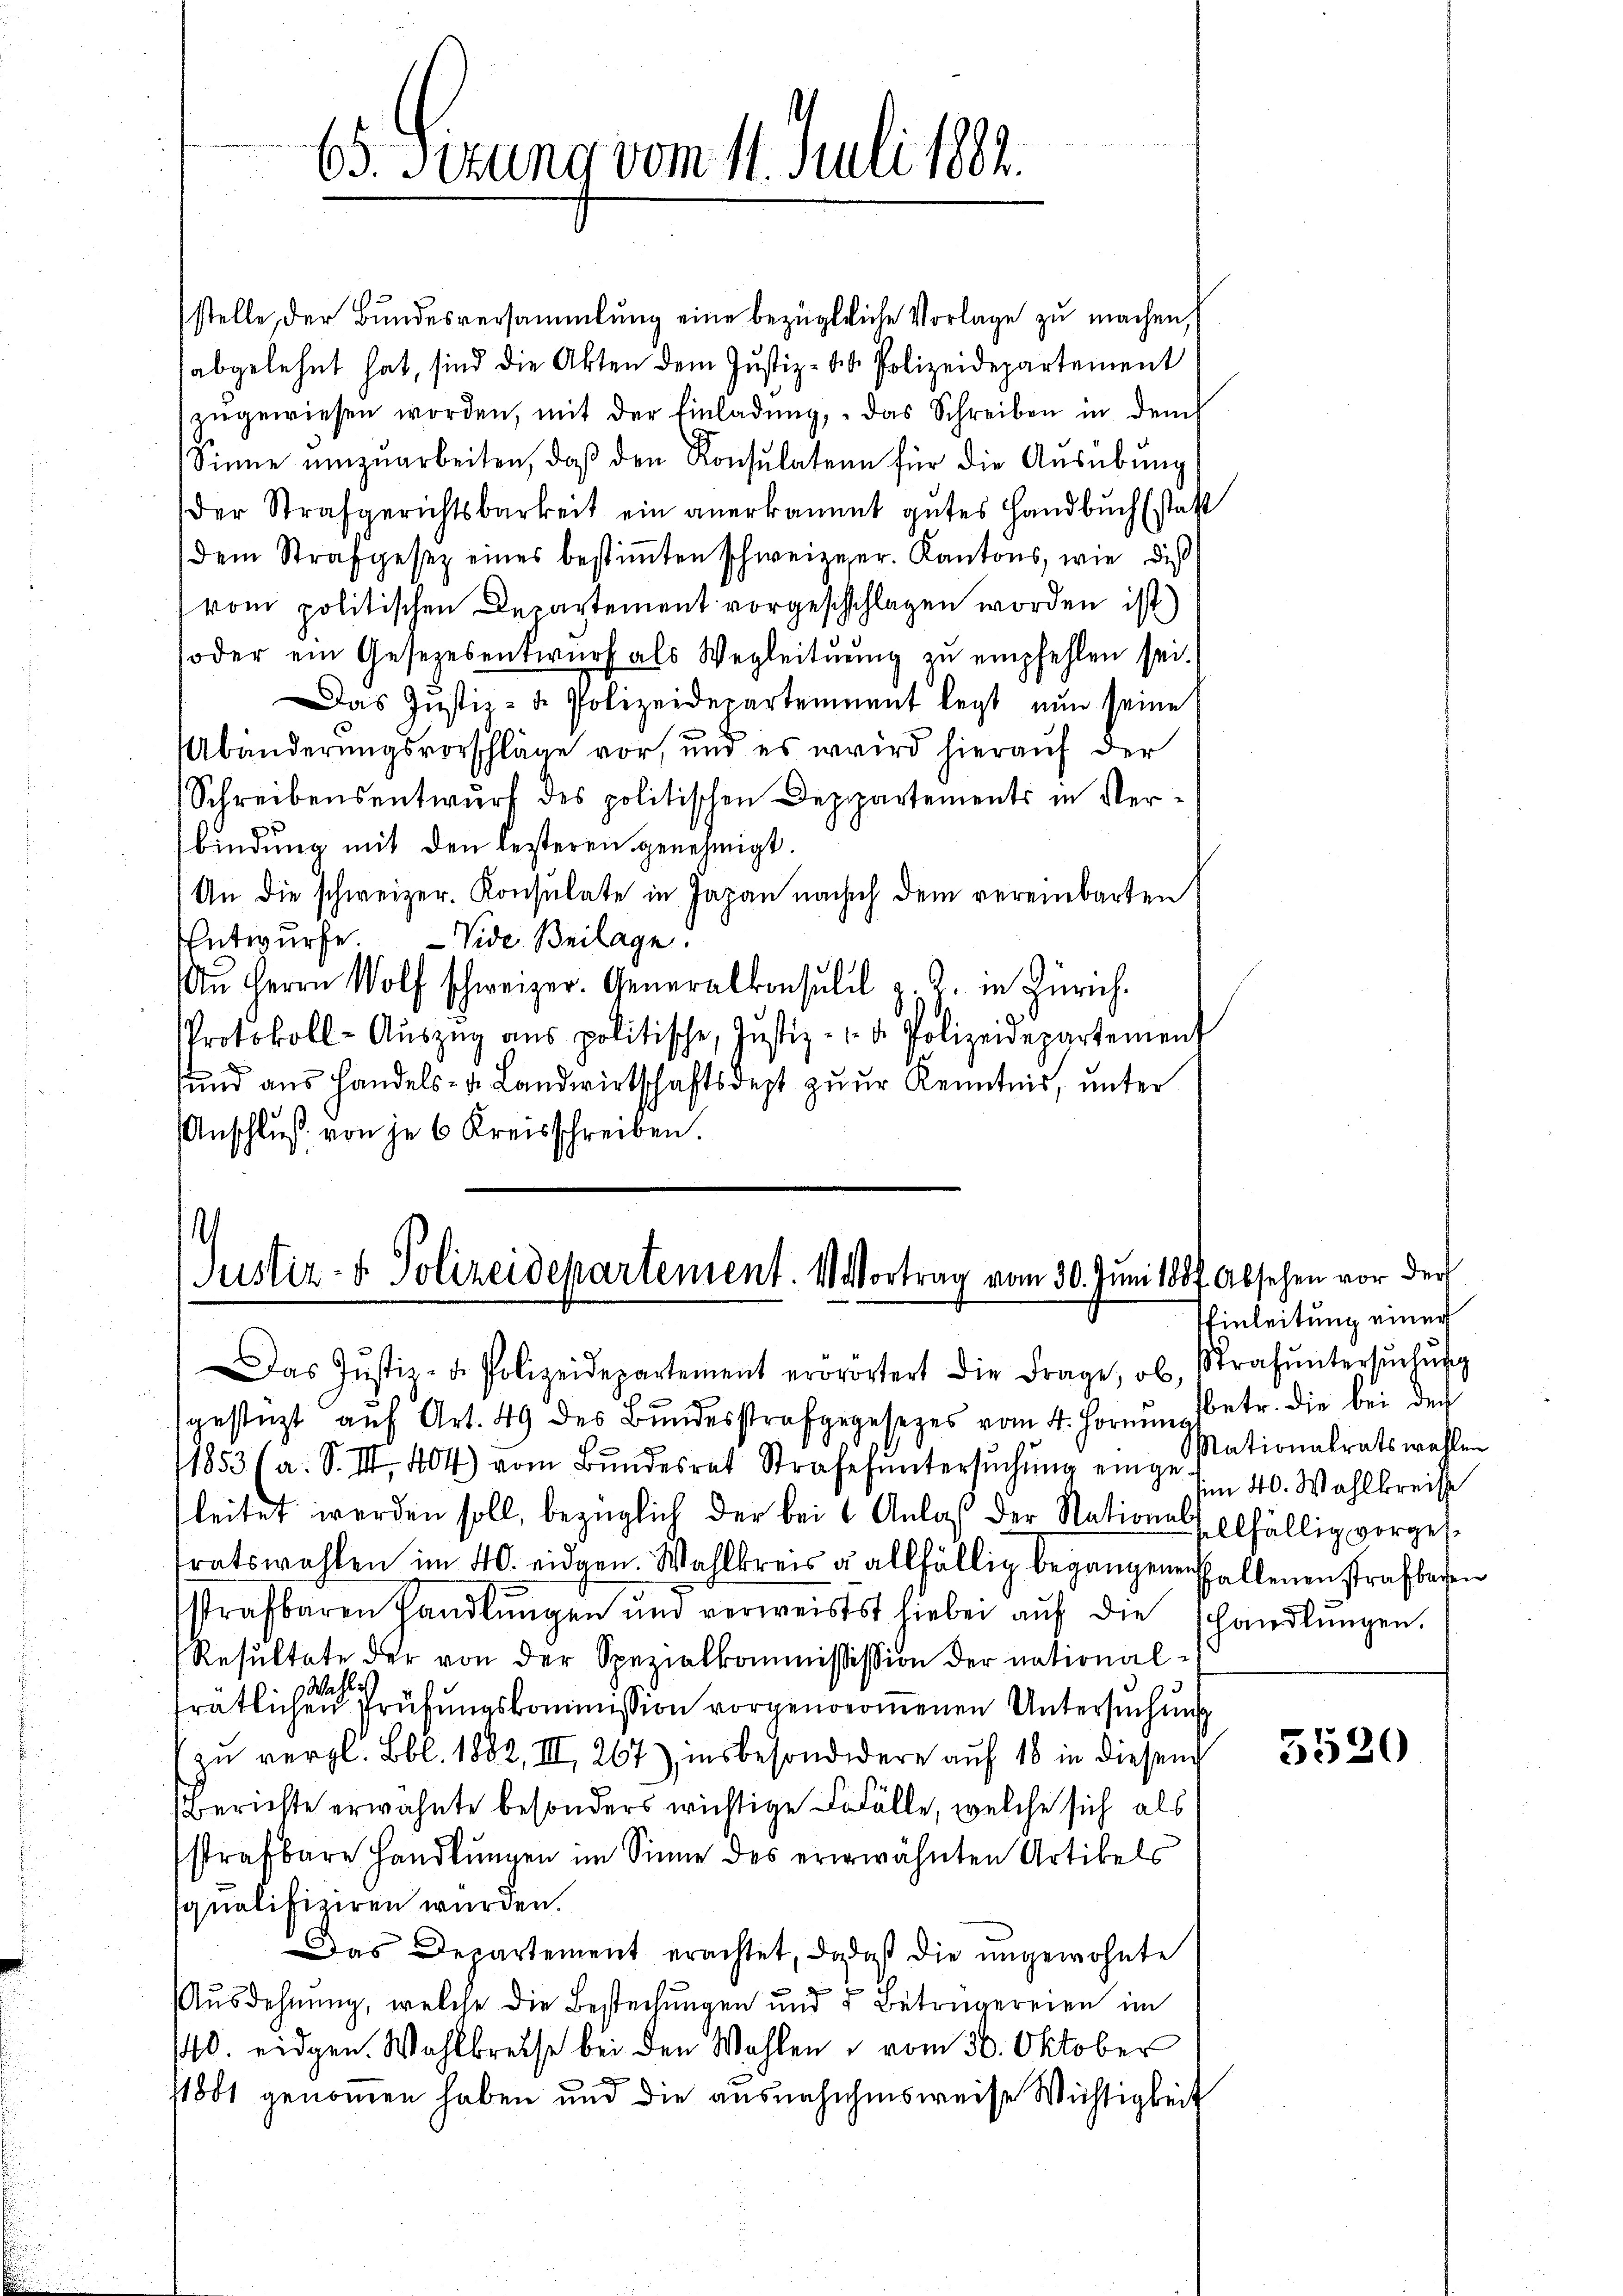
65. Secuno vom 11. Juli 1882.

stelle der Bundesversammlung eine bezügliche Vorlage zu machen,
abgelehnt hat, sind die Akten dem Justiz- & Polizeidepartement
zŭgewiesen worden, mit der Einladŭng, das Schreiben in dem
Sinne ŭmzŭarbeiten, daβ den Konsulatern für die Aŭsübŭng
der Strafgerichtsbarkeit ein anerkannt gutes Handbuch (statt
(dem Strafgesez eines bestimmten schweizer. Kantons, wie die
vom politischen Departement vorgeschschlagen worden ist)
soder ein Gesetzesentwŭrf als Wegleitŭng zŭ empfehlen sei.
Das Justiz- u. Polizeidepartennant legt nun seine
Abänderungsvorschläge vor, und es wird hierauf der
Schreibensentwŭrf des politischen Deppartements in Ver-
bindung mit den lesteren genehmigt.
An die schweizer. Konsulate in Japan nach dem vereinbarten
Entwurfe. - Vide Beilage.
An Herrn Wolf schweizer. Generalkonsulil z. Z. in Zürich.
Protokoll-Aŭszŭg ans politische, Justiz- u. Polizeidepartement
sund aus Handels- u. Landwirtschaftsdest zur Kenntnis, unter
Anschluß von je 6 Kreisschreiben.

Justiz- & Polizeidepartement. 4 Vortrag vom 30. Juni 1807. Absehen vor der

as Justiz- u. Polizeidepartement erörörtert die Frage, ob Strafŭntersŭchŭng
gestüzt aŭf Art. 49 des Bŭndesstrafgegesezes vom 4. Hornŭn Petr. die bei der
1853 (a. S. III 404) vom Bŭndesrat Strafe untersŭchŭng eingeleitet werden soll, bezüglich der bei 1 Anlaß der Nationsfellfällig vorgesratswahlen im 40. eidgen. Wahlkreis u allfällig begangenen Fallenen strafbaren
sstrafbaren Handlungen und verweisst hiebei aŭf die shandlŭngen.
Resultate der von der Spezialkommisission der national¬
Wahl
trätlichen Prüfungskommission vorgenommenen Untersuchung
zu vergl. Bl. 1882, III, 267), insbesonderere auf 10 in diesen
Berichte erwähnte besonders wichtige Defälle, welche sich als
strafbare Handlungen im Sinne des ererwähnten Artikels
qualifiziren wurden.
Das Departement erachtet, da daß die ungewohnte
Ausdehnung, welche die Bestechungen und 5 Betrügereien im
440. eidgen. Wahlkreise bei den Wahlen u vom 30. Oktober
1801 genommen haben und die ausnahmensweise Wichtigkeit

Einleitung einer
Nationalratswahlen
sim 40. Wahlkreisse

5520